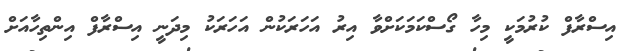
އިސްރާފް ކުރުމަކީ މިހާ ގޯސްކަމަކަށްވާ އިރު އަހަރަކުން އަހަރަކު މިދަނީ އިސްރާފް އިންތިހާއަށް